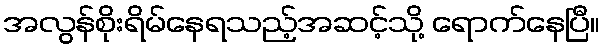
အလွန်စိုးရိမ်နေရသည့်အဆင့်သို့ ရောက်နေပြီ။